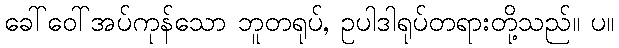
ခေါ်ဝေါ်အပ်ကုန်သော ဘူတရုပ်, ဥပါဒါရုပ်တရားတို့သည်။ ပ။